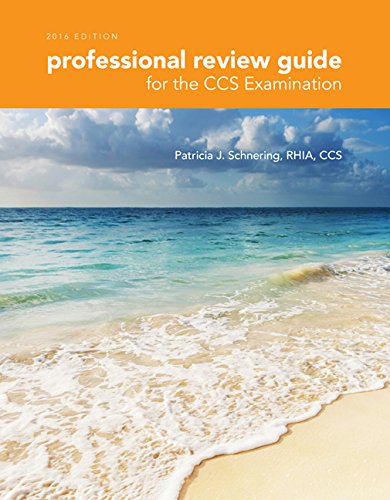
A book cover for Professional Review Guide for the CCS Examinations, 2015 Edition (with Quizzing Printed Access Card); Patricia Schnering; Medical Books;